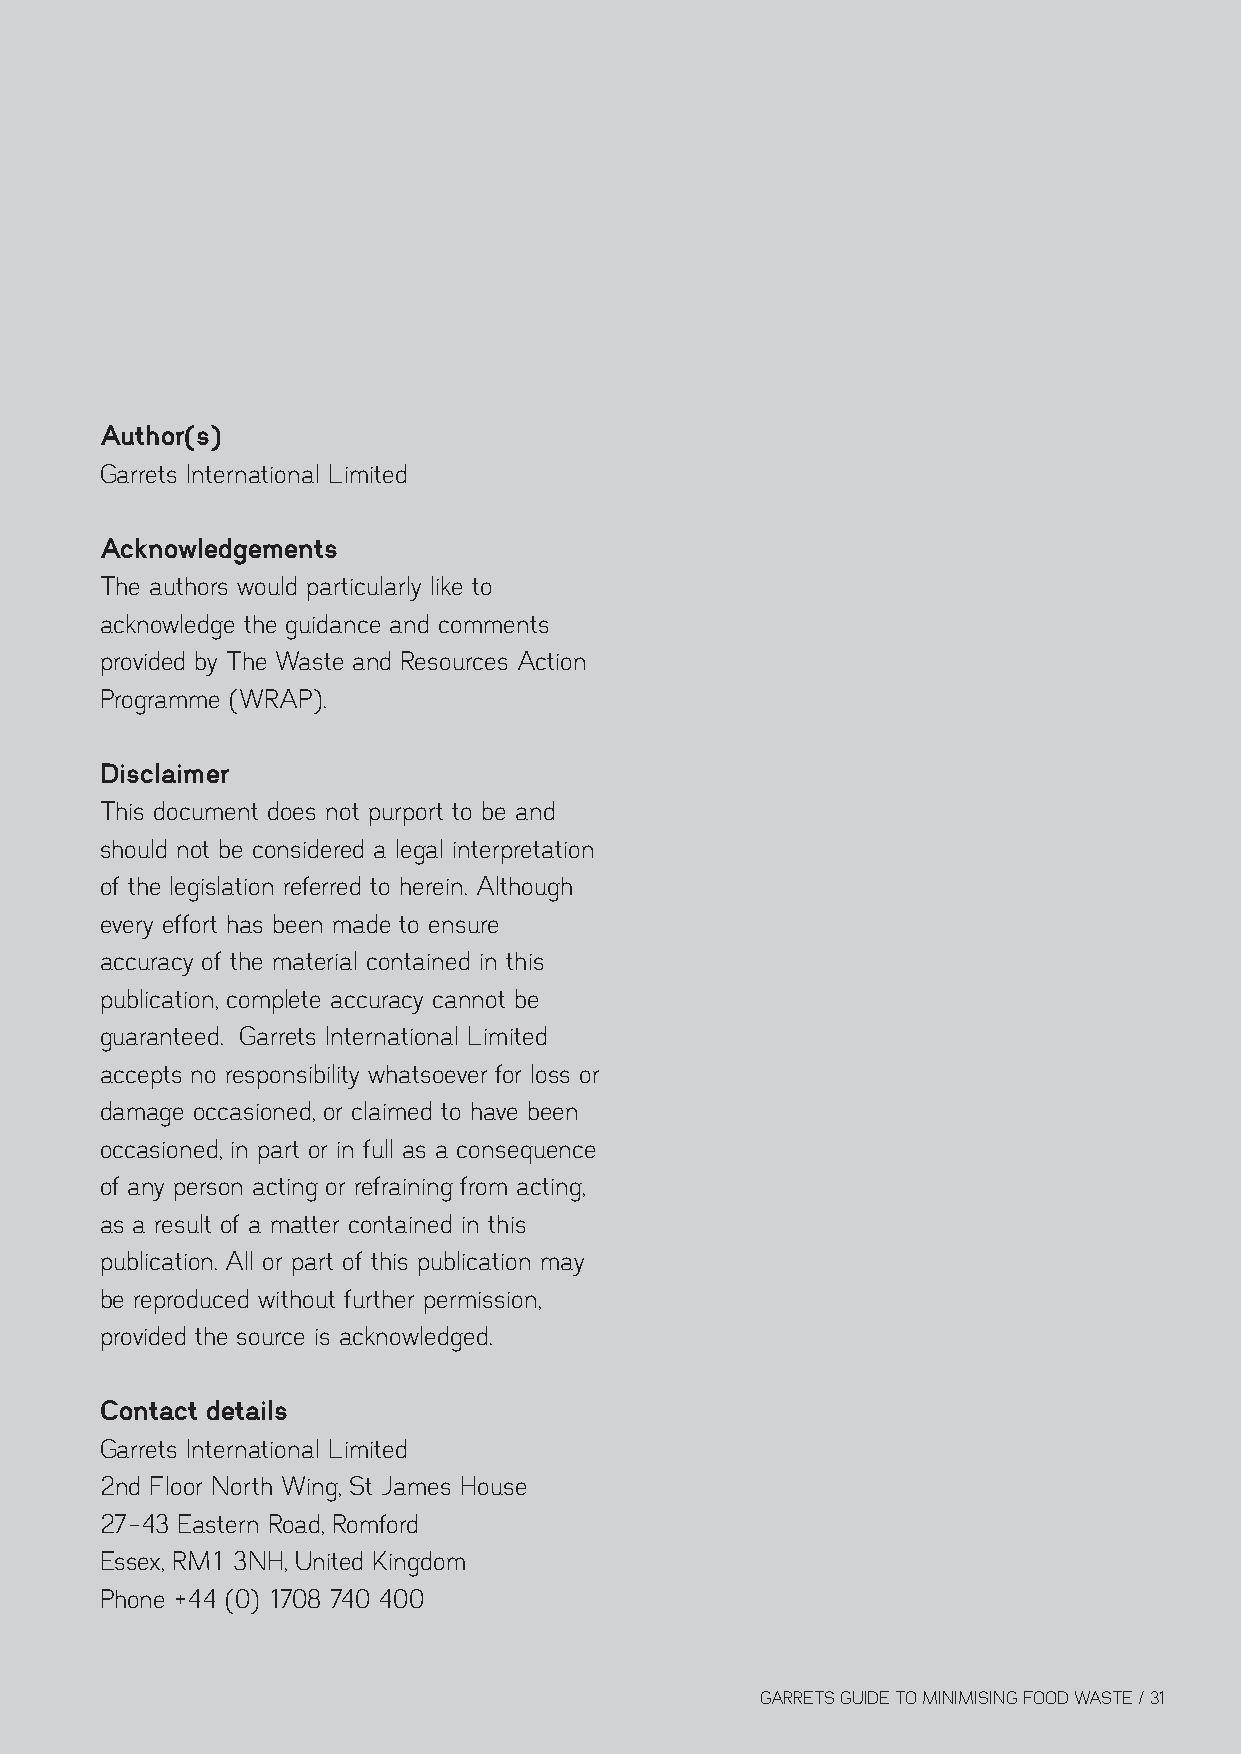
Author(s)
 Garrets International Limited
 Acknowledgements
 The authors would particularly like to
 acknowledge the guidance and comments
 provided by The Waste and Resources Action
 Programme (WRAP).
 Disclaimer
 This document does not purport to be and
 should not be considered a legal interpretation
 of the legislation referred to herein. Although
 every effort has been made to ensure
 accuracy of the material contained in this
 publication, complete accuracy cannot be
 guaranteed. Garrets International Limited
 accepts no responsibility whatsoever for loss or
 damage occasioned, or claimed to have been
 occasioned, in part or in full as a consequence
 of any person acting or refraining from acting,
 as a result of a matter contained in this
 publication. All or part of this publication may
 be reproduced without further permission,
 provided the source is acknowledged.
 Contact details
 Garrets International Limited
 2nd Floor North Wing, St James House
 27-43 Eastern Road, Romford
 Essex, RM1 3NH, United Kingdom
 Phone +44 (0) 1708 740 400
 GARRETS GUIDE TO MINIMISING FOOD WASTE / 31